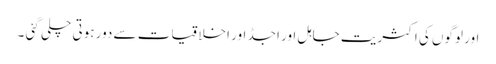
اور لوگوں کی اکثریت جاہل اور اجڈ اور اخلاقیات سے دور ہوتی چلی گئی ۔